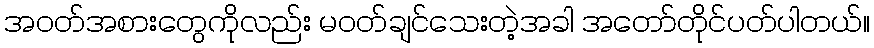
အဝတ်အစားတွေကိုလည်း မဝတ်ချင်သေးတဲ့အခါ အတော်တိုင်ပတ်ပါတယ်။